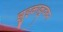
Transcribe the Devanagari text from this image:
झुइकाकुवरुन